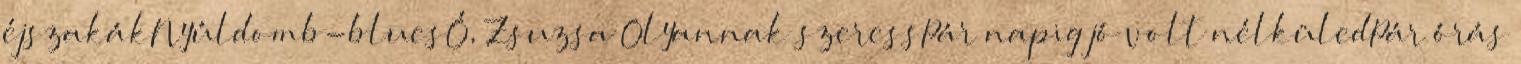
éjszakákNyúldomb-bluesÓ, Zsuzsa Olyannak szeressPár napig jó volt nélküledPár órás